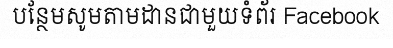
បន្ថែមសូមតាមដានជាមួយទំព័រ Facebook